Annual report on the Civil Veterinary Department, Burma (including the Insein Veterinary School) - 1910-1922
Year: 1910
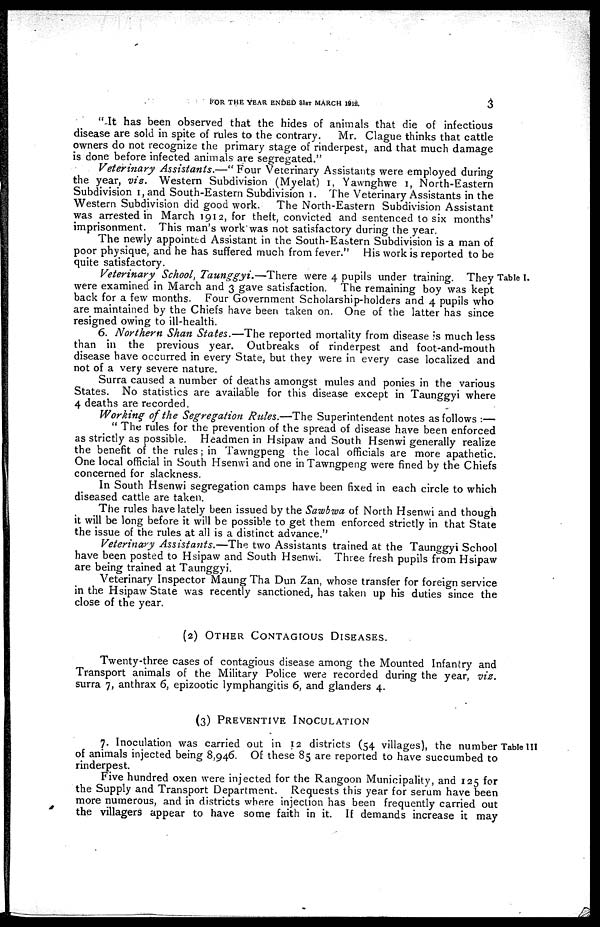
FOR THE YEAR ENDED 31ST MARCH 1912.
3
" It has been observed that the hides of animals that die of infectious
disease are sold in spite of rules to the contrary. Mr. Clague thinks that cattle
owners do not recognize the primary stage of rinderpest, and that much damage
is done before infected animals are segregated."
Veterinary Assistants.—" Four Veterinary Assistants were employed during
the year, vis. Western Subdivision (Myelat) 1, Yawnghwe 1, North-Eastern
Subdivision 1, and South-Eastern Subdivision 1. The Veterinary Assistants in the
Western Subdivision did good work. The North-Eastern Subdivision Assistant
was arrested in March 1912, for theft, convicted and sentenced to six months'
imprisonment. This man's work was not satisfactory during the year.
The newly appointed Assistant in the South-Eastern Subdivision is a man of
poor physique, and he has suffered much from fever." His work is reported to be
quite satisfactory.
Table I.
Veterinary School, Taunggyi.—There were 4 pupils under training. They
were examined in March and 3 gave satisfaction. The remaining boy was kept
back for a few months. Four Government Scholarship-holders and 4 pupils who
are maintained by the Chiefs have been taken on. One of the latter has since
resigned owing to ill-health.
6. Northern Shan States.—The reported mortality from disease is much less
than in the previous year. Outbreaks of rinderpest and foot-and-mouth
disease have occurred in every State, but they were in every case localized and
not of a very severe nature.
Surra caused a number of deaths amongst mules and ponies in the various
States. No statistics are available for this disease except in Taunggyi where
4 deaths are recorded.
Working of the Segregation Rules.—The Superintendent notes as follows :—
" The rules for the prevention of the spread of disease have been enforced
as strictly as possible. Headmen in Hsipaw and South Hsenwi generally realize
the benefit of the rules; in Tawngpeng the local officials are more apathetic.
One local official in South Hsenwi and one in Tawngpeng were fined by the Chiefs
concerned for slackness.
In South Hsenwi segregation camps have been fixed in each circle to which
diseased cattle are taken.
The rules have lately been issued by the Sawbwa of North Hsenwi and though
it will be long before it will be possible to get them enforced strictly in that State
the issue of the rules at all is a distinct advance."
Veterinary Assistants.—The two Assistants trained at the Taunggyi School
have been posted to Hsipaw and South Hsenwi. Three fresh pupils from Hsipaw
are being trained at Taunggyi.
Veterinary Inspector Maung Tha Dun Zan, whose transfer for foreign service
in the Hsipaw State was recently sanctioned, has taken up his duties since the
close of the year.
(2) OTHER CONTAGIOUS DISEASES.
Twenty-three cases of contagious disease among the Mounted Infantry and
Transport animals of the Military Police were recorded during the year, viz.
surra 7, anthrax 6, epizootic lymphangitis 6, and glanders 4.
(3) PREVENTIVE INOCULATION
Table III
7. Inoculation was carried out in 12 districts (54 villages), the number
of animals injected being 8,946. Of these 85 are reported to have succumbed to
rinderpest.
Five hundred oxen were injected for the Rangoon Municipality, and 125 for
the Supply and Transport Department. Requests this year for serum have been
more numerous, and in districts where injection has been frequently carried out
the villagers appear to have some faith in it. If demands increase it may